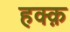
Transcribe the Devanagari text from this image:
हक्क़